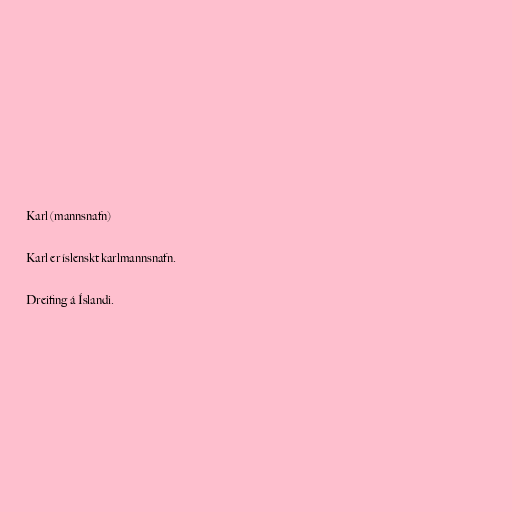
Karl (mannsnafn)

Karl er íslenskt karlmannsnafn.

Dreifing á Íslandi.